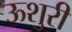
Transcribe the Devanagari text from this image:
ऊशुरी